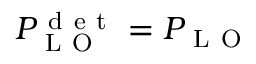
P _ { \mathrm { ~ L ~ O ~ } } ^ { \mathrm { ~ d ~ e ~ t ~ } } = P _ { \mathrm { ~ L ~ O ~ } }